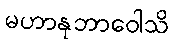
မဟာနုဘာဝေါသိ